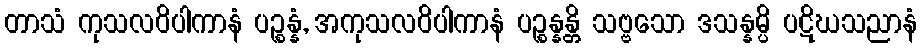
တာသံ ကုသလဝိပါကာနံ ပဉ္စန္နံ, အကုသလဝိပါကာနံ ပဉ္စန္နန္တိ သဗ္ဗသော ဒသန္နမ္ပိ ပဋိဃသညာနံ